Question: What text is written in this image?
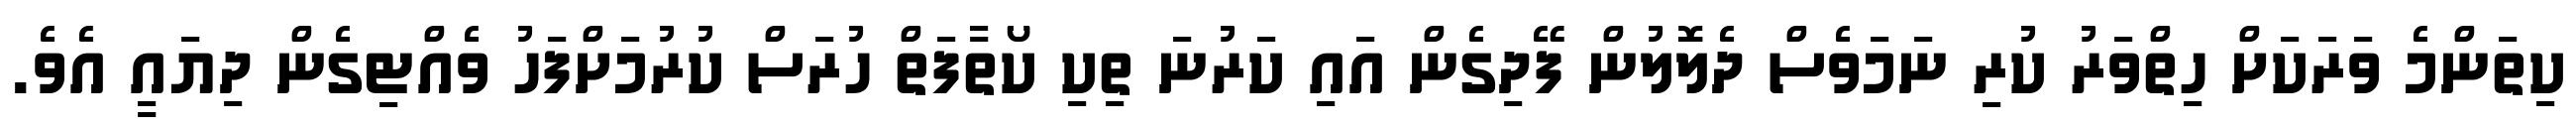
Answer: ކިތަންމެ ވަރަކަށް ހިތްވަރު ކުރި ނަމަވެސް ދެލޮލުން ފޭދިގެން އައި ކަރުނަ ތިކި ކޯތާފަތް ހުރަސް ކުރުމަށްފަހު ވެއްޓިގެން ދިޔައީ އެވެ.